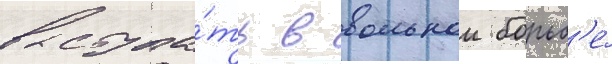
выступа́ть в вольнои борьб'е́